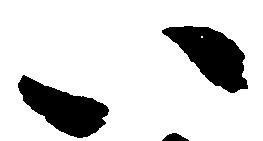
い